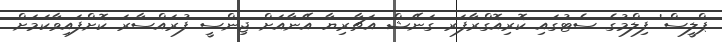
ޕްލީސް' ފިލްމުގެ ސެޓުގައި ކޮރިއޮގްރާފަރ ގަނޭޝް އަޗާރިޔާ އޭނާއަށް ޖިންސީ ފުރައްސާރަ ކޮށްފައިވާކަމަށް